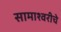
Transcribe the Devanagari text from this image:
सामाश्वरीचे